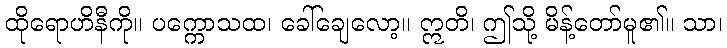
ထိုရောဟိနီကို။ ပက္ကောသထ၊ ခေါ်ချေလော့။ ဣတိ၊ ဤသို့ မိန့်တော်မူ၏။ သာ၊